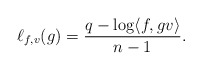
\begin{align*}\ell_{f,v} (g) = \frac{q - \log \langle f, g v \rangle}{n-1}. \end{align*}